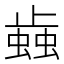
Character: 𰳐